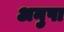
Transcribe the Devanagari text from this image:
अनुपा